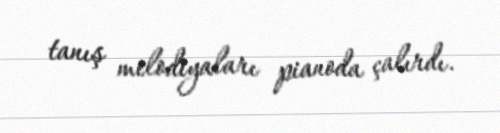
tanış melodiyaları pianoda çalırdı.